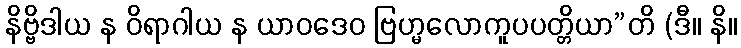
နိဗ္ဗိဒါယ န ဝိရာဂါယ န ယာဝဒေဝ ဗြဟ္မလောကူပပတ္တိယာ”တိ (ဒီ။ နိ။